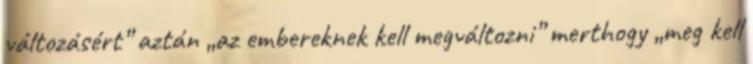
változásért” aztán „az embereknek kell megváltozni” merthogy „meg kell